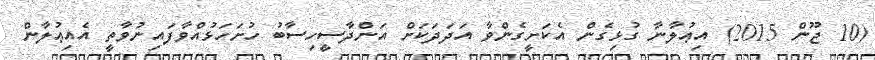
(10 ޖޫން 2015) އިޢުލާނާ ގުޅިގެން އެކަށީގެންވާ އަދަދަކަށް އަންދާސީހިސާބު ހުށަހަޅުއްވާފައިނުވާތީ އެއިޢުލާން